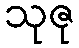
သုဇု